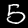
Digit: 5